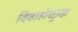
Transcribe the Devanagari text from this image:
विवाहोच्छुक